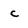
Character: c